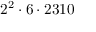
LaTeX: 2 ^ { 2 } \cdot 6 \cdot 2 3 1 0